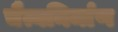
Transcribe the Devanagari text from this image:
चैत्यनिर्माण